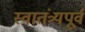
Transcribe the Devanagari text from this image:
स्वातंत्र्यपूूर्व